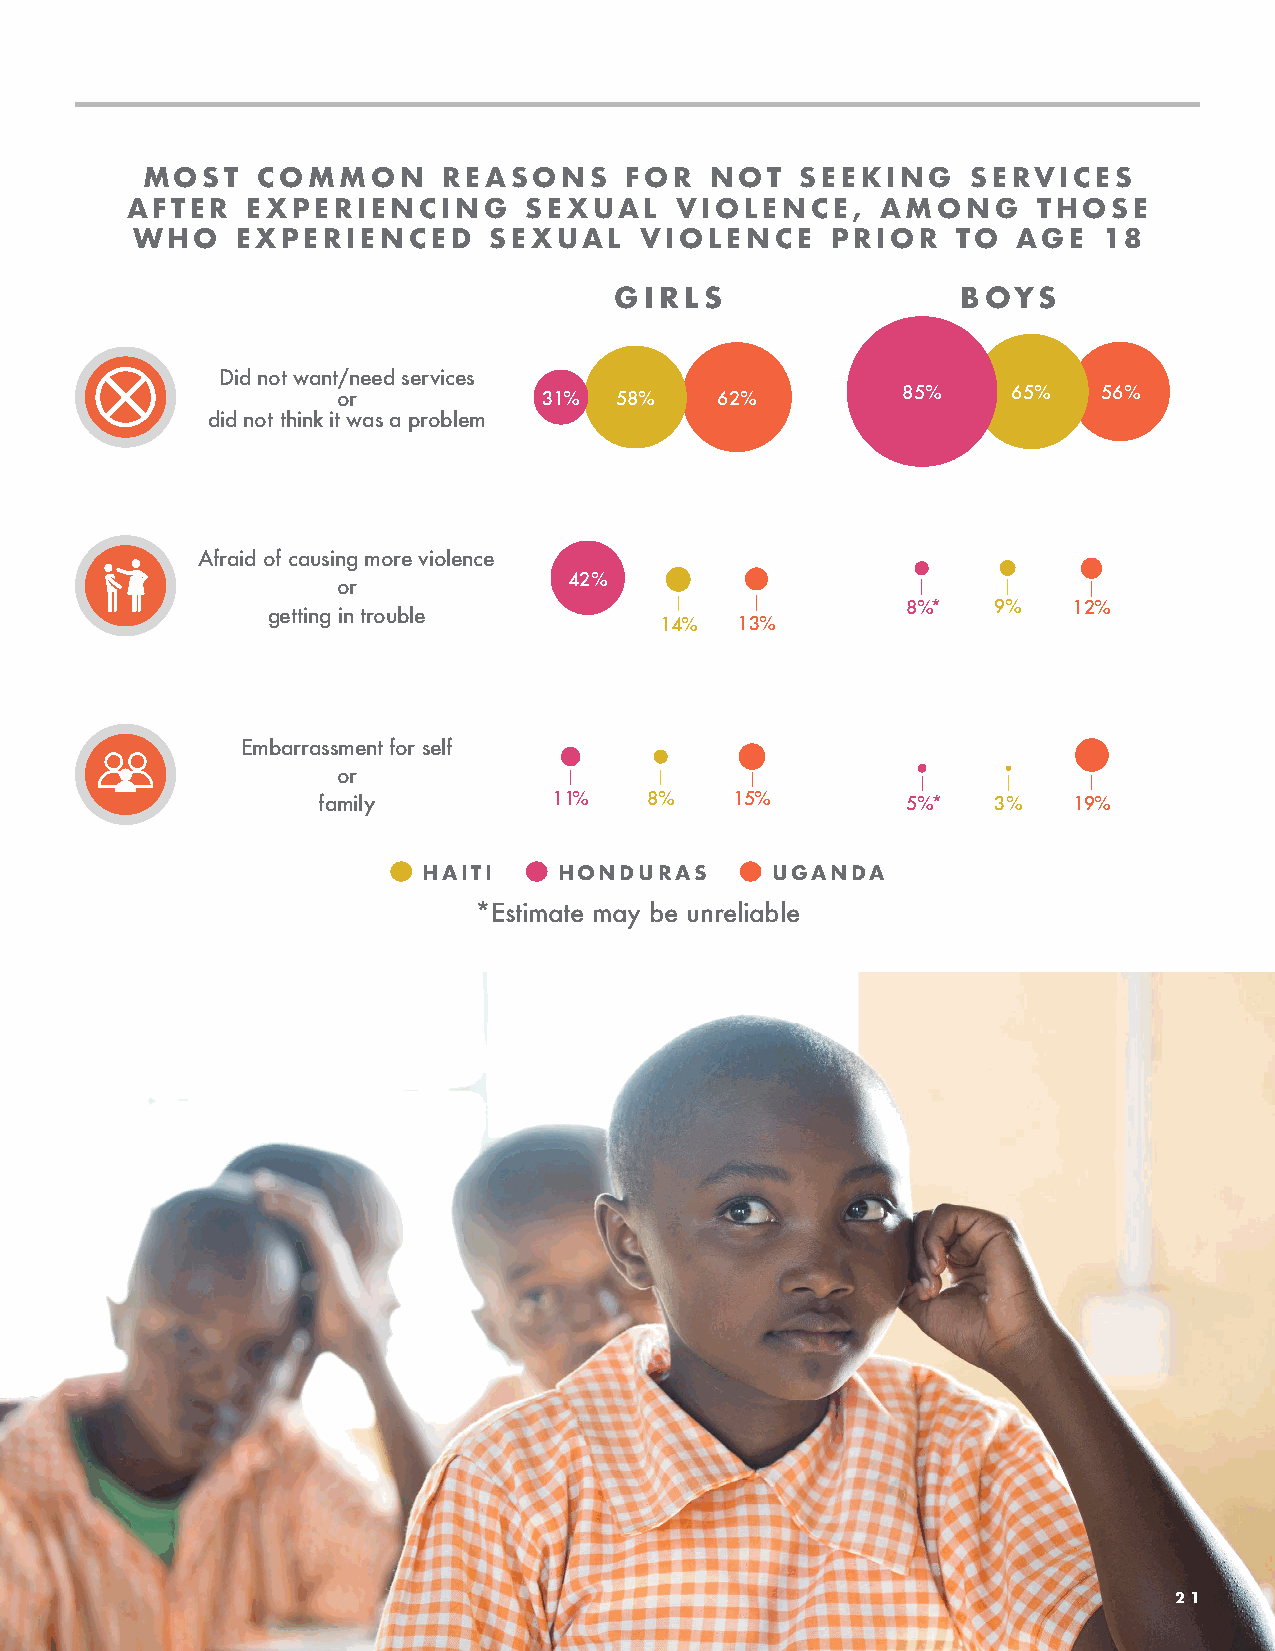
MOST    COMMON      REASONS     FOR   NOT   SEEKING    SERVICES
 AFTER   EXPERIENCING       SEXUAL    VIOLENCE,    AMONG      THOSE
 WHO    EXPERIENCED     SEXUAL    VIOLENCE     PRIOR   TO  AGE   18
 GIRLS                  BOYS
 Did not want/need services
 or            31%  58%   62%          85%    65%   56%
 did not think it was a problem
 Afraid of causing more violence
 42%
 or
 8%*   9%   12%
 getting in trouble
 14%  13%
 Embarrassment for self
 or
 family          11%   8%    15%        5%*   3%   19%
 HAITI    HONDURAS      UGANDA
 *Estimate may be unreliable
 21